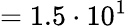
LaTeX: =1.5\cdot 10^{1}